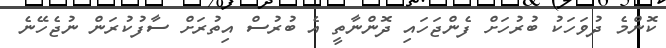
ކޮންމެ ދުވަހަކު ބުރުހަށް ފެންޖަހައި ދޮންނާތީ އެ ބުރުސް އިތުރަށް ސާފުކުރަން ނުޖެހޭނެ